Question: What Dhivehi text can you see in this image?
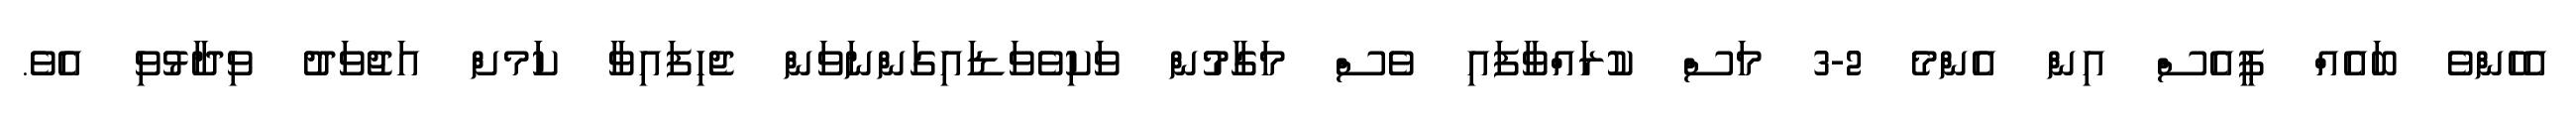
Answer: އެހެންވެ ބައެއް ޕީއެސް އިން އެންމެ 2-3 މަސް ކުރައްވާފައި ވެސް މަގާމުން ވަކިވެވަޑައިގަންނަވަން ޖެހިފައިވާ ކަަމށް އަޖުވަދު ވިދާޅުވި އެވެ.